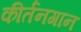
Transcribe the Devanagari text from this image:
कीर्तनगान